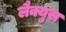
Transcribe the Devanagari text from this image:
लैक्युस